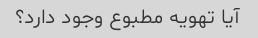
آیا تهویه مطبوع وجود دارد؟